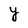
Character: Y